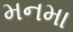
મનમા